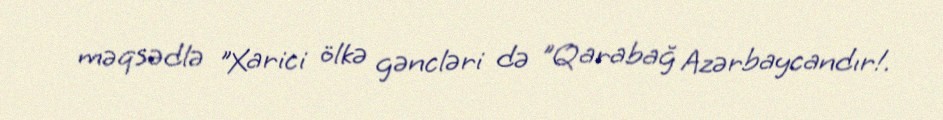
məqsədlə "Xarici ölkə gəncləri də "Qarabağ Azərbaycandır!.